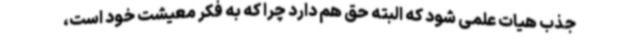
جذب هیات علمی شود که البته حق هم دارد چرا که به فکر معیشت خود است،